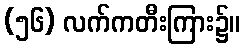
(၅၆) လက်ကတီးကြား၌။